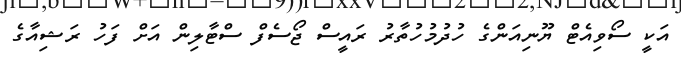
އަކީ ސޯވިއެޓް ޔޫނިއަންގެ ހުދުމުހުތާރު ރައީސް ޖޯސެފް ސްޓާލިން އަށް ފަހު ރަޝިއާގެ